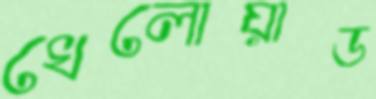
খেলোয়াড